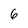
Character: 6